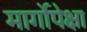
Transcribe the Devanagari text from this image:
मार्गोपेक्षा